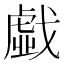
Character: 戱